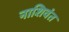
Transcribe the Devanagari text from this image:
नाशिवंत